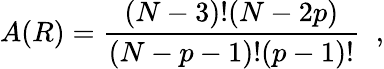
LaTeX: A(R)=\frac{(N-3)!(N-2p)}{(N-p-1)!(p-1)!}\; \; ,